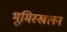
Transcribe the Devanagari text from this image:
भूमिस्खलन